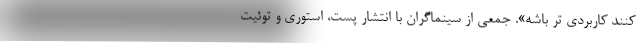
کنند کاربردی تر باشه». جمعی از سینماگران با انتشار پست، استوری و توئیت